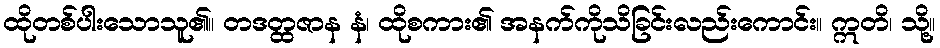
ထိုတစ်ပါးသောသူ၏။ တဒတ္ထဇာန နံ၊ ထိုစကား၏ အနက်ကိုသိခြင်းလည်းကောင်း။ ဣတိ၊ သို့။